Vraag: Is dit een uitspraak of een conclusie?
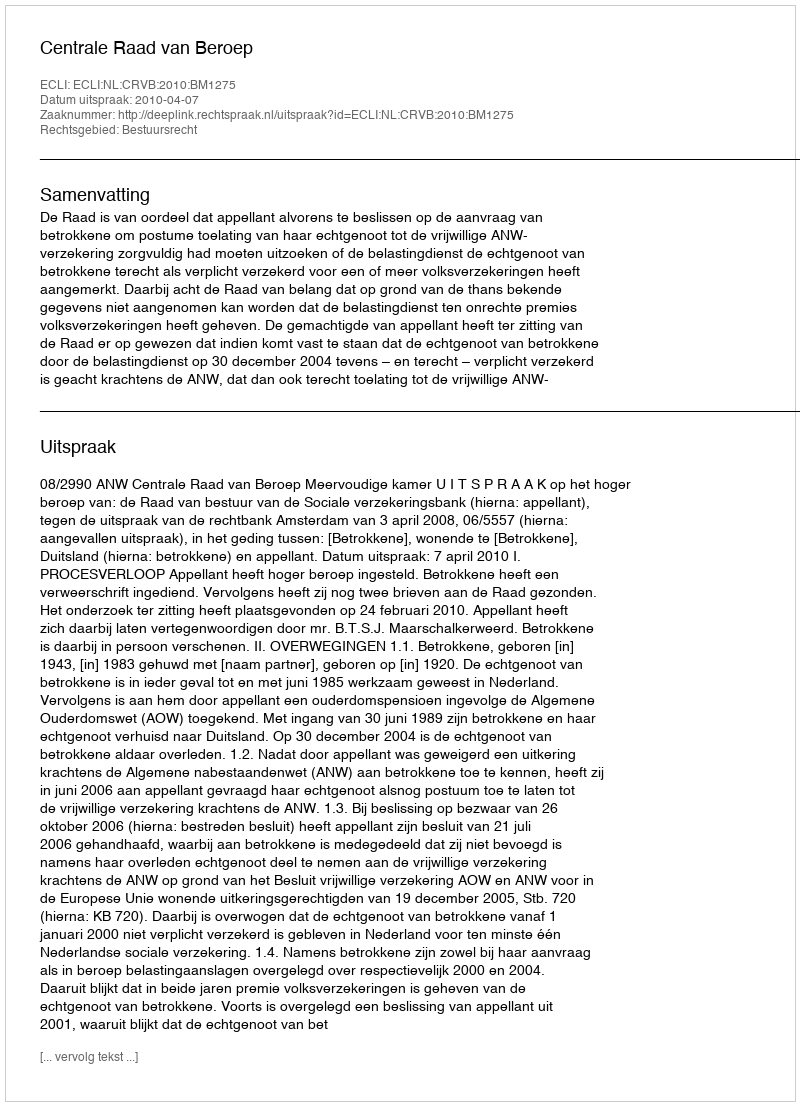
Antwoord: Uitspraak